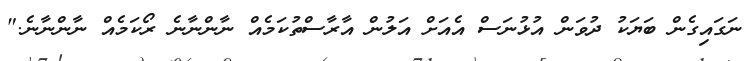
ނަގައިގެން ބަޔަކު ދުވަން އުޅުނަސް އެއަށް އަލުން އާރާސްތުކަމެއް ނާންނާނެ ރޯކަމެއް ނާންނާނެ."